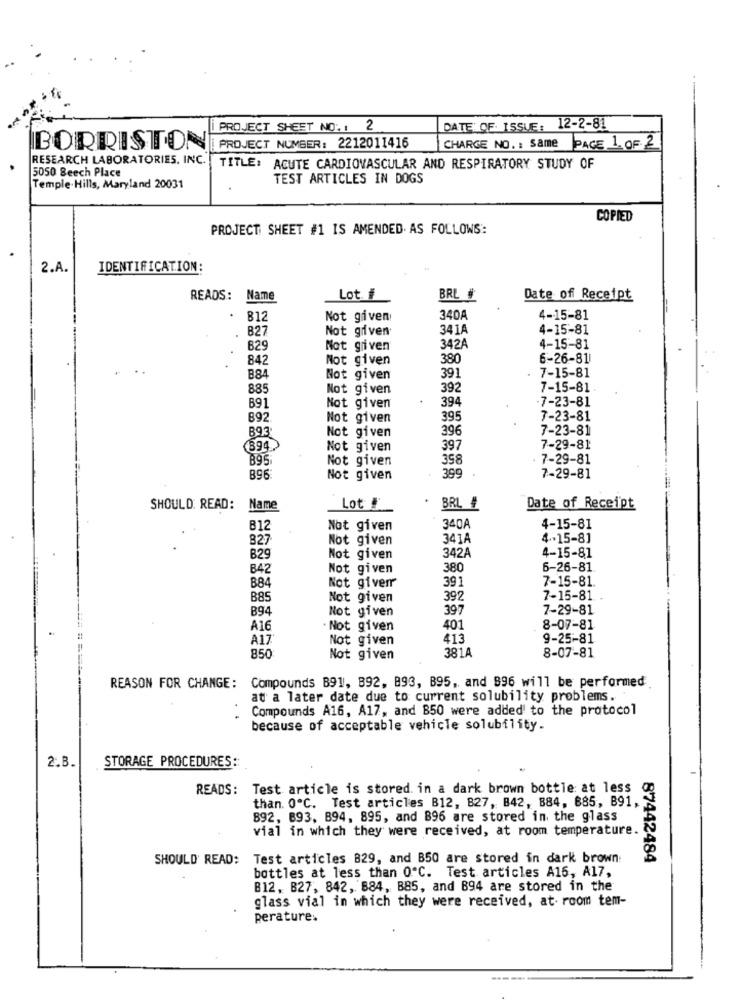
PROJECT SHEET NO. 1 2
DATE OF ISSUE: 12-2-81
BORRISTON
PROJECT NUMBER: 2212011416
CHARGE NO. : Same
PAGE 1 OF 2
RESEARCH LABORATORIES, INC.
5050 Beech Place
TITLE: ACUTE CARDIOVASCULAR AND RESPIRATORY STUDY OF
TEST ARTICLES IN DOGS
Temple.Hills, Maryland 20031
COPIED
PROJECT SHEET #1 IS AMENDED. AS FOLLOWS:
2.A.
IDENTIFICATION:
READS:
Name
Lot. #
BRL #
Date of Receipt
.
812
Not given!
340A
4-15-81
B27
Not given
341A
4-15-81
B29
Not given
342A
4-15-81
842
Not given
380
6-26-81
391
. 7-15-81
B84
Not given
885
Not given
392
7-15-81.
691
Not given
394
7-23-81
892
Not given
395
7-23-81
B93
Not given
396
7-23-81
(894.
Not given
397
7-29-81
895.
Not given
358
7-29-81
399
.
896
Not given
7-29-81
SHOULD READ: Name
Lot #
BRL #
Date of Receipt
B12
Not given
340A
4-15-81
827
Not given
341A
4.15-81
342A
829
Not given
4-15-81
B42
Not given
380
6-26-81
Not giver
391
7-15-81.
B84
B8
Not given
392
7-15-81 .
B94
Not given
397
7-29-81
A16
Not given
401
8-07-81
A17
Not given
413
9-25-81
381A
8-07-81
850
Not given
REASON FOR CHANGE: Compounds B91, 892, 893, B95, and 896 will be performed
at a later date due to current solubility problems. .
Compounds A16, A17, and B50 were added to the protocol
because of acceptable vehicle solubility.
2.B.
STORAGE PROCEDURES ::
READS: Test article is stored. in a dark brown bottle: at less
than. 0ºC. Test articles B12, 827, 842, B84, 885, B91,
892, 893, B94, 895, and 896 are stored in the glass
vial in which they were received, at room temperature.
SHOULD READ: Test articles 829, and B50 are stored in dark brown
87442484
bottles at less than QºC. Test articles A16, A17,
B12, B27, 842, 884, B85, and B94 are stored in the
glass vial in which they were received, at room tem-
perature.